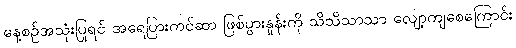
နေ့စဉ်အသုံးပြုရင် အရေပြားကင်ဆာ ဖြစ်ပွားနှုန်းကို သိသိသာသာ လျော့ကျစေကြောင်း